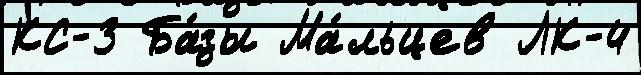
КС-3 Ба́зы Ма́льцев ЛК-4